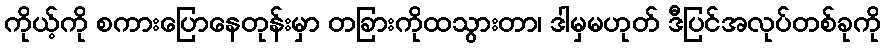
ကိုယ့်ကို စကားပြောနေတုန်းမှာ တခြားကိုထသွားတာ၊ ဒါမှမဟုတ် ဒီပြင်အလုပ်တစ်ခုကို